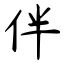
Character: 伴